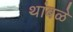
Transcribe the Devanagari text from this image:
थांबळे